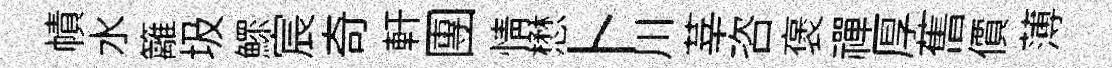
幘水籬圾鰥宸奇軒團情懋卜川莘咨褒禪厚𦾔價薄